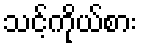
သင့်ကိုယ်စား